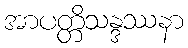
အာပတ္တိသန္ဒဿနာ